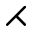
\rightthreetimes